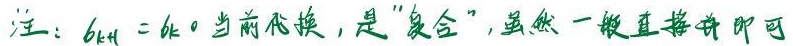
注：$6k + 1=6k$。当前代换，是“复合”，虽然一般直接拼即可